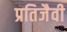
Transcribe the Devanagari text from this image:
प्रतिजैवी